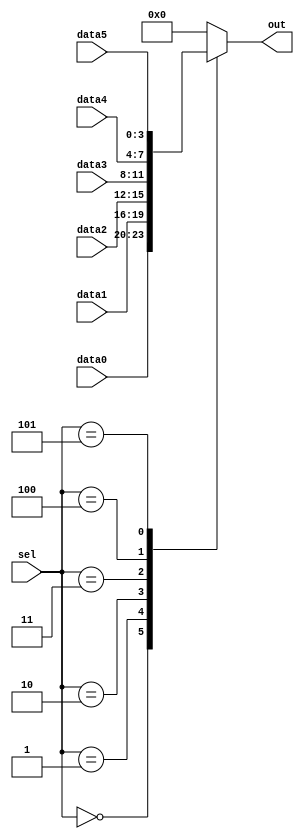
/* Case statements are more convenient than if statements if there are a large number of cases. 
    So, in this exercise, create a 6-to-1 multiplexer. 
    When sel is between 0 and 5, choose the corresponding data input. Otherwise, output 0. 
    The data inputs and outputs are all 4 bits wide. */
    
module top_module ( 
    input [2:0] sel, 
    input [3:0] data0,
    input [3:0] data1,
    input [3:0] data2,
    input [3:0] data3,
    input [3:0] data4,
    input [3:0] data5,
    output reg [3:0] out   );//

    always@(*) begin  // This is a combinational circuit
        case(sel) 
             0 : out=data0;
             1 : out=data1;
             2 : out=data2;
             3 : out=data3;
             4 : out=data4;
             5 : out=data5;
            default out=0;
        endcase           
    end

endmodule